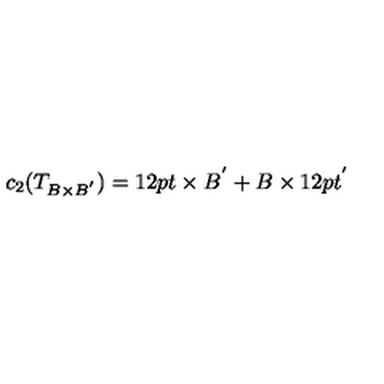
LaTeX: c _ { 2 } ( T _ { B \times B ^ { ' } } ) = 1 2 p t \times B ^ { ' } + B \times 1 2 p t ^ { ' }